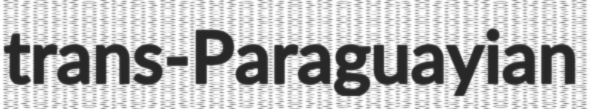
trans-Paraguayian